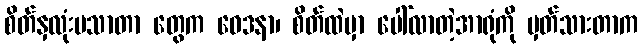
စိတ်နှလုံးမသာတာ တွေက ဝေဒနာ၊ စိတ်ထဲမှာ ပေါ်လာတဲ့အာရုံကို မှတ်သားတာက